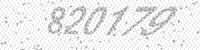
Solution: 820179